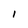
Character: l